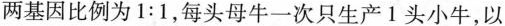
两基因比例为1:1，每头母牛一次只生产1头小牛，以